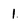
Character: 1